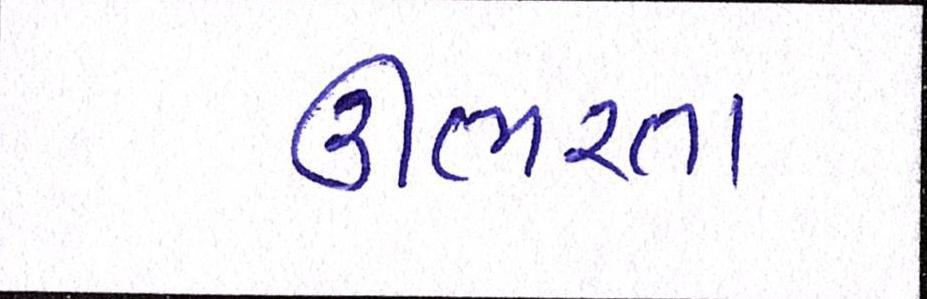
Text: ઊભરતા